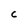
Character: C